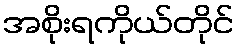
အစိုးရကိုယ်တိုင်